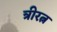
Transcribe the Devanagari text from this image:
त्रीरत्न